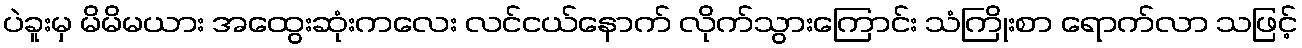
ပဲခူးမှ မိမိမယား အထွေးဆုံးကလေး လင်ငယ်နောက် လိုက်သွားကြောင်း သံကြိုးစာ ရောက်လာ သဖြင့်